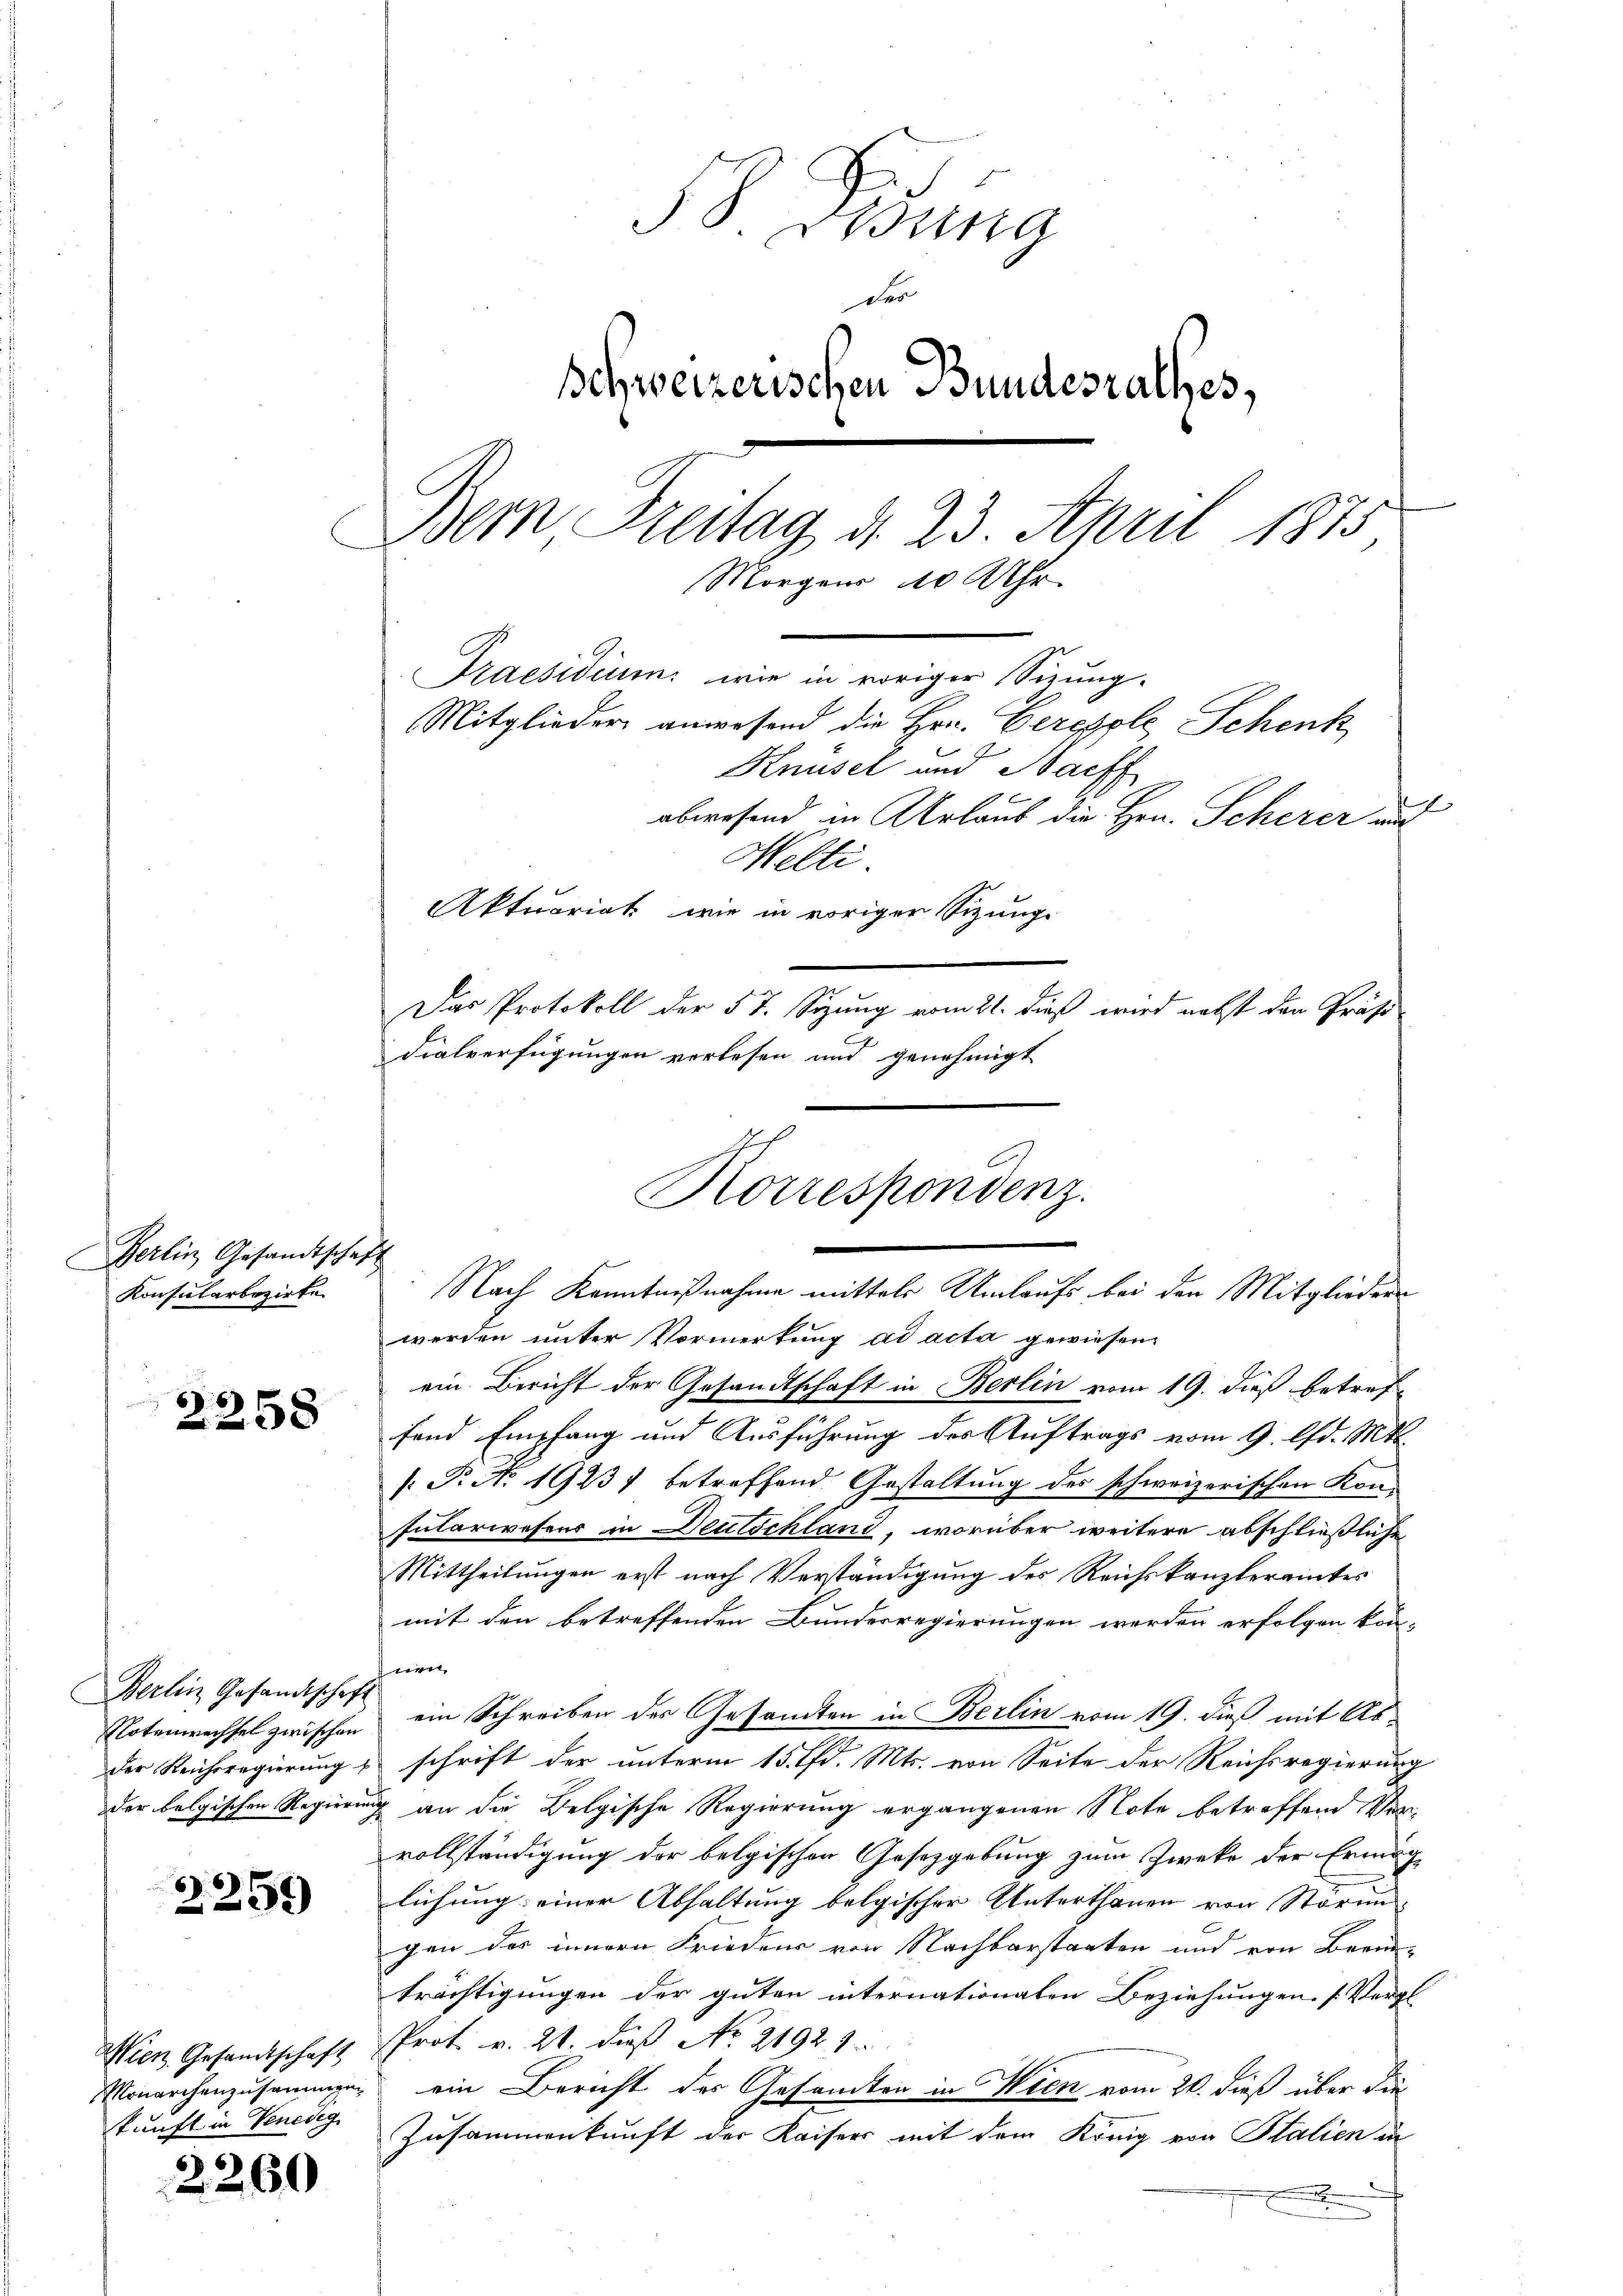
Gerlin Gesandtschaft
Konsularbezirke

x
2258

Berlin Gesandtschaft

2259

Wien Gesandtschaft
kunft in Venedig

2260

J S. Gesung
Des
Schweizerischen Bundesrathes,
Bern Freitag d. 23. April 1875
Morgens 10 Uhr
Praesidium, wie in voriger Sizung.
Mitglieder anwesend die Hrn. Gercsole Schenk
Knüsel und Bachf
abwesend in Urlaub die Hrn. Scherer auf
Melti.
Aktuariat wie in vorigen Sizung
Das Protokoll der 57. Syzung vom 21. dieß wird nebst den Präsi-

dialverfügungen verlesen und genehmigt
werden unter Vormerkung ad acta gewiesen.
ein. Bericht der Gesandtschaft in Berlin vom 19. dieß betreffend Empfang und Ausführung des Auftrags vom 9. d. Mtt.
: P. No. 19237 betreffend Gestaltung des schweizerischen Kon-
Putarwesens in Deutschland, worüber weitere abschließliche
Mittheilungen erst nach Verständigung des Reichskanzleramtes
mit den betreffenden Bundesregierungen werden erfolgen kon-
nen
Notenechsel zwischen ein Schreiben des Gesamten in Berlin vom 19. dieß mit As-
der Reichsregierung schrift der unterm 15. d. Mts. von Seite der Reichsregierung
der belgischen Regierung an die Belgische Regierung ergangenen Note betreffend Vervollständigung der belgischen Gesetzgebung zum Zweke der Ermög
lichung einer Abhaltung belgischer Unterthanen von Störun
gen des innern Friedens von Nachbarstaaten und von Berne-
trächtigungen der guten internationalen Beziehungen. (Vergl
Prot. v. 21. dieß No. 21929.
Monarchenzusammen ein Bericht der Gesandten in Wien vom 20. dieß über die
Zusammenkunft der Kaisers mit dem König von Stalien in

Korrespondenz.
Nach Kenntnißnahme mittels Umlaufs bei den Mitgliedern